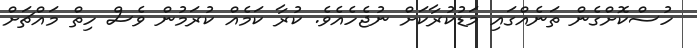
ހުސްކޮށްގެން ތަނެއްގައި މަޑުކުރާކަށް ނުޖެހެއެވެ. ކުރާ ކަމެއް ކުރަމުން ވެސް ހިތް މައްޗަށް